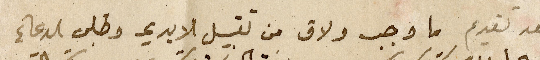
بعد تقديم ما وجب ولاق من تقبيل الايدي وطلب الدعاء